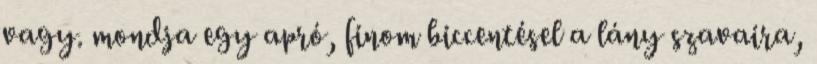
vagy. mondja egy apró, finom biccentésel a lány szavaira,